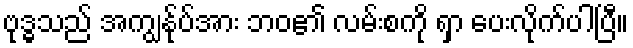
ဗုဒ္ဓသည် အကျွန်ုပ်အား ဘဝ၏ လမ်းစကို ရှာ ပေးလိုက်ပါပြီ။